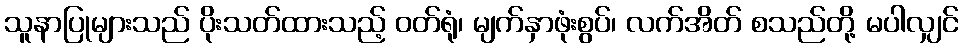
သူနာပြုများသည် ပိုးသတ်ထားသည့် ဝတ်ရုံ၊ မျက်နှာဖုံးစွပ်၊ လက်အိတ် စသည်တို့ မပါလျှင်